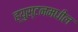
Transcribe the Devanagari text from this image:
ह्युस्टनमधील